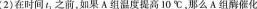
(2)在时间t_{1}之前，如果A组温度提高10℃，那么A组酶催化